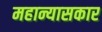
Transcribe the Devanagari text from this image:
महान्यासकार